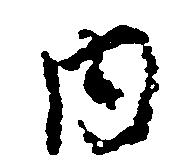
内